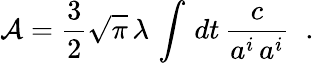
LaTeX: {\cal A}={\frac{3}{2}}\sqrt{\pi}\, \lambda\, \int\, dt\, {\frac{c}{a^{i}\, a^{i}}}\; \; .